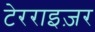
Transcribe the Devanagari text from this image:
टेरराइज़र